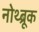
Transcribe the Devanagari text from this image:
नोथ्ब्रूक